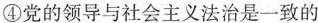
④党的领导与社会主义法治是一致的